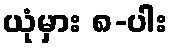
ယုံမှား ၈-ပါး